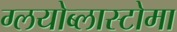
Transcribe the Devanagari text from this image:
ग्लयोब्लास्टोमा